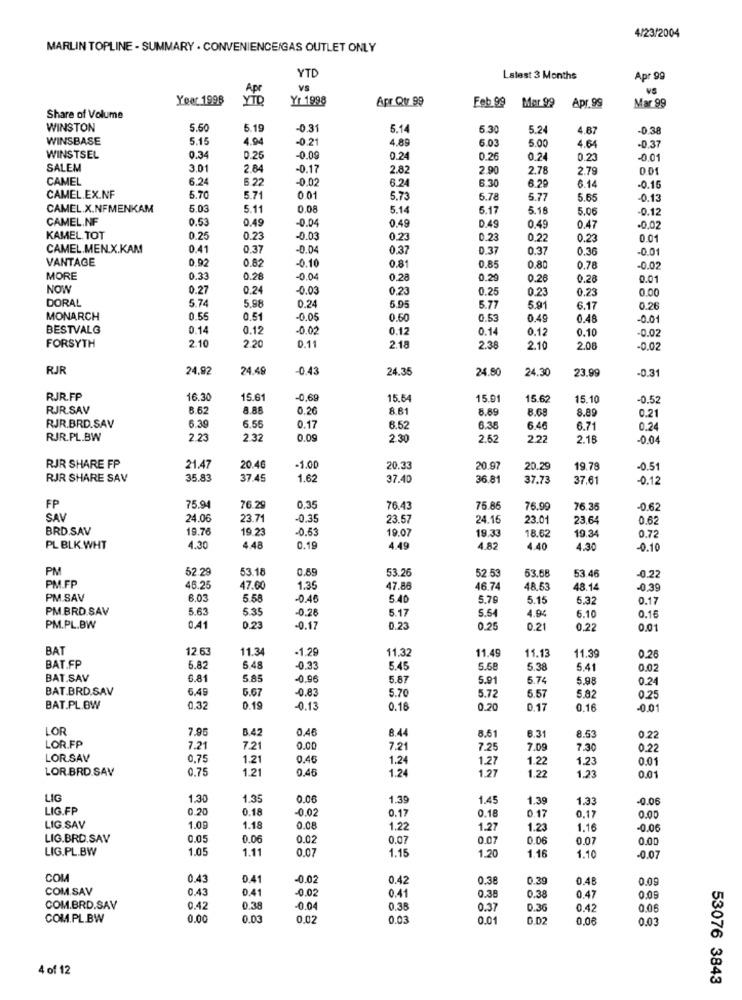
4/23/2004
MARLIN TOPLINE - SUMMARY . CONVENIENCE/GAS OUTLET ONLY
YTD
Latest 3 Months
Apr 99
Apr
VS
VS
Year 1998
YTD
Yr 1998
Apr Qtr 99
Feb 99
Mer 99
Apr.99
Mar 99
Share of Volume
WINSTON
5.60
5.19
0.31
5.14
5.30
5.24
4.67
-0.38
WINSBASE
5.15
4.94
-0.21
4.89
6.03
5.00
4.64
-0.37
WINSTSEL
0.34
0.25
0.09
0.24
0.26
0.24
0.23
0.01
SALEM
3.01
2.84
-0.17
2.82
2.90
2.78
2.79
001
CAMEL
6.24
6.22
-0.02
6.2
6.30
6.29
6.14
-0.16
CAMEL.EX.NF
5.70
5.71
0.01
5.73
5.78
5.77
5.65
0.13
CAMEL X.NFMENKAM
5.03
5.11
0.08
5.14
6.17
5.18
5.06
-0.1
CAMEL.NF
0.53
0.49
-0.04
0.49
D.49
0.49
0.47
.0.0
KAMEL TOT
0.25
0.23
-0.03
0.23
0.23
0.22
0.23
0.01
CAMEL.MEN.X.KAM
0.41
0.37
-0.04
0.37
0.37
0.37
0.36
-0.01
VANTAGE
0.92
0.82
-0.10
0.81
0.85
0.80
0.78
0.02
MORE
0.33
0.28
0.04
0.28
0.29
0.26
0.28
0.01
NOW
0.27
0.24
-0.03
0,23
0.25
0.23
0.23
0.00
DORAL
5.74
5.98
0.24
5.95
5.77
5.91
6.17
0.26
MONARCH
0.55
0.51
-0.05
0.60
0.53
0.49
0.48
-0.01
BESTVALG
0.14
0.12
-0.02
0.12
0.14
0.12
0.10
2.10
-0.02
FORSYTH
2.20
0.11
2.18
2.38
2.10
2.08
-0.02
RJR
24.92
24.49
0.43
24.35
24.80
24.30
23.99
-0.31
RJR.FP
16.30
15.6
-0,69
15.54
15.91
15.62
15.10
-0.52
RJR.SAV
6.62
8.86
0.26
8.61
8.89
8.68
8.89
6.55
0.21
RJR.BRD.SAV
6.39
0.17
6.52
6.38
6.46
6.71
0.24
RJR.PL.BW
2.23
2.32
0.09
230
2.62
2.22
2.18
0.04
RJR SHARE FP
21.47
20.46
-1.00
20.33
20.97
20.29
19.78
-0.51
RJR SHARE SAV
35.83
37.49
1.62
37.40
36 81
37.73
37.61
-0.12
FP
75.94
76.25
0.35
76.43
75.85
76.99
76.36
-0.62
SAV
24.06
23.71
-0.35
23.57
24.15
23.01
23,64
0.62
BRD.SAV
19.76
19.2
-0.83
19.07
19.33
0.72
18.62
19.34
PL BLK WHT
4.30
4.48
0.19
4.49
4.82
4.40
4.30
-0.10
PM
52.29
53.18
0.89
53.26
52.53
53.68
53 46
-0.22
PM.FP
46.25
47.60
1.35
47.88
46.74
48.53
48.14
-0.39
PM SAV
6.03
5.58
-0.46
5.40
5.79
5.15
6.32
0.17
PM.BRD.SAV
5.63
5.35
-0.28
5.17
5.54
4.94
6.10
0.16
PM.PL.BW
0.41
0.23
-0.17
0.25
0.25
0.21
0.22
0.01
BAT
12.63
11.34
-1.29
11.32
11.49
BAT.FP
11.13
11.39
0.26
5.82
5.48
-0.33
5.45
5.58
5.38
5.41
0.02
BAT.SAV
6.81
5.85
0.96
5.87
5.91
5.74
5.98
0.24
BAT.BRD.SAV
6.49
5.67
-0.83
5.70
5.57
5.72
5.82
0.25
BAT.PL.BW
0.32
0.19
-0.13
0.16
0.20
0.17
0.16
0.01
LOR
7.95
B.42
0.46
8.44
LOR.FP
8.61
6.31
8.53
0.22
7.21
7.21
0.00
7.21
7.25
7.09
7.30
0.2
LORSAV
0,75
1.21
0.46
1.24
1.27
1.22
1.23
0.01
LOR BRD.SAV
0.75
1.21
0.45
1.24
1.27
1.22
1.23
0.01
LIG
1.30
1.35
0.06
1.39
1.45
1.39
1.33
-0.06
LIG.FP
0.20
0.18
-0.02
0.17
0.18
0.17
0.17
0.00
LIG.SAV
1.09
1.18
0.08
1.22
1.27
1.23
1.16
0.06
LIG.BRD.SAV
0.05
0.06
0.02
0.07
0.07
0.06
0.07
0.00
LIG.PL.BW
1.05
1.11
0.07
1.15
1.20
1.16
1.10
-0.07
COM
0.43
0.41
0.02
0.4
0.38
0.39
0.48
0.09
COM.SAV
0.43
0.41
-0.02
0.41
0.38
0.38
0.47
0.09
COM.BRD.SAV
0.42
0.38
-0.04
0.35
0.37
0.36
0.42
0.06
COM.PL.BW
0.00
0.03
0.02
0.03
0.01
0.06
0.03
4 of 12
53076 3843